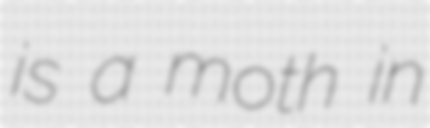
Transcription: is a moth in